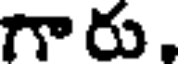
గారు,